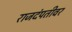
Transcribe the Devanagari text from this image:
राजदंपतीवर